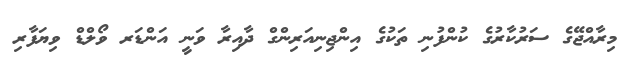
މިރާއްޖޭގެ ސަރުކާރުގެ ކުންފުނި ތަކުގެ އިންޖިނިއަރިންގް ދާއިރާ ވަނީ އަންޑަރ ވޯލްޑް ވިޔަފާރި